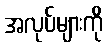
အလုပ်များကို